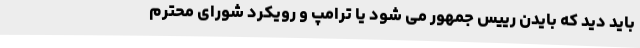
باید دید که بایدن رییس جمهور می شود یا ترامپ و رویکرد شورای محترم